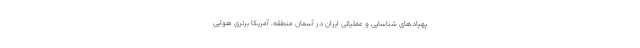
پهپادهای شناسایی و عملیاتی ایران در آسمان منطقه، آمریکا برتری هوایی